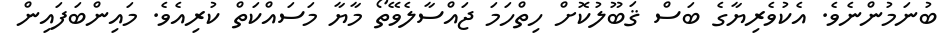
ބުނަމުންނެވެ. އެކުވެރިޔާގެ ބަސް ޤަބޫލުކޮށް ހިތްހަމަ ޖައްސާލެވޭތޯ މާޔާ މަސައްކަތް ކުރިއެވެ. މައިންބަފައިން